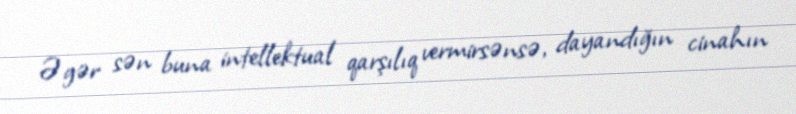
Əgər sən buna intellektual qarşılıq vermirsənsə, dayandığın cinahın